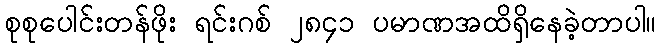
စုစုပေါင်းတန်ဖိုး ရင်းဂစ် ၂၈၄၁ ပမာဏအထိရှိနေခဲ့တာပါ။